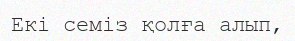
Екі семіз қолға алып,